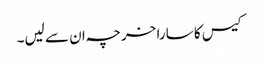
کیس کا سارا خرچہ ان سے لیں۔